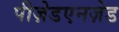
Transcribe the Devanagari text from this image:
पीज़ेडएनज़ेड